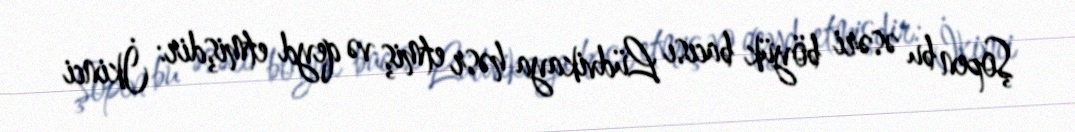
Şopen bu əsəri böyük bacısı Lüdvikaya həsr etmiş və qeyd etmişdir: İkinci